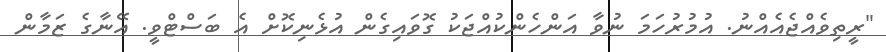
"ރީތިވެއްޖެއެއްނު. އުމުރުހަމަ ނުވާ އަންހެންކުއްޖަކު ގޮވައިގެން އުޅެނިކޮށް އެ ބަސްޓްވީ. އޭނާގެ ޒަމާން